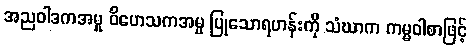
အညဝါဒကအမှု ဝိဟေသကအမှု ပြုသောရဟန်းကို သံဃာက ကမ္မဝါစာဖြင့်